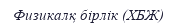
Физикалқ бірлік (ХБЖ)